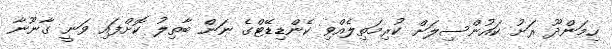
ހިމަންދޫ ރަށު ކައުންސިލަށް ކުރިމަތިލެއްވި ކެންޑިޑޭޓްގެ ނަން ބާތިލު ކޮށްފައި ވަނީ ގާނޫނާ